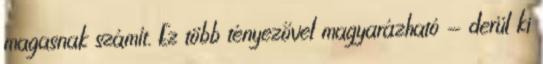
magasnak számít. Ez több tényezővel magyarázható - derül ki